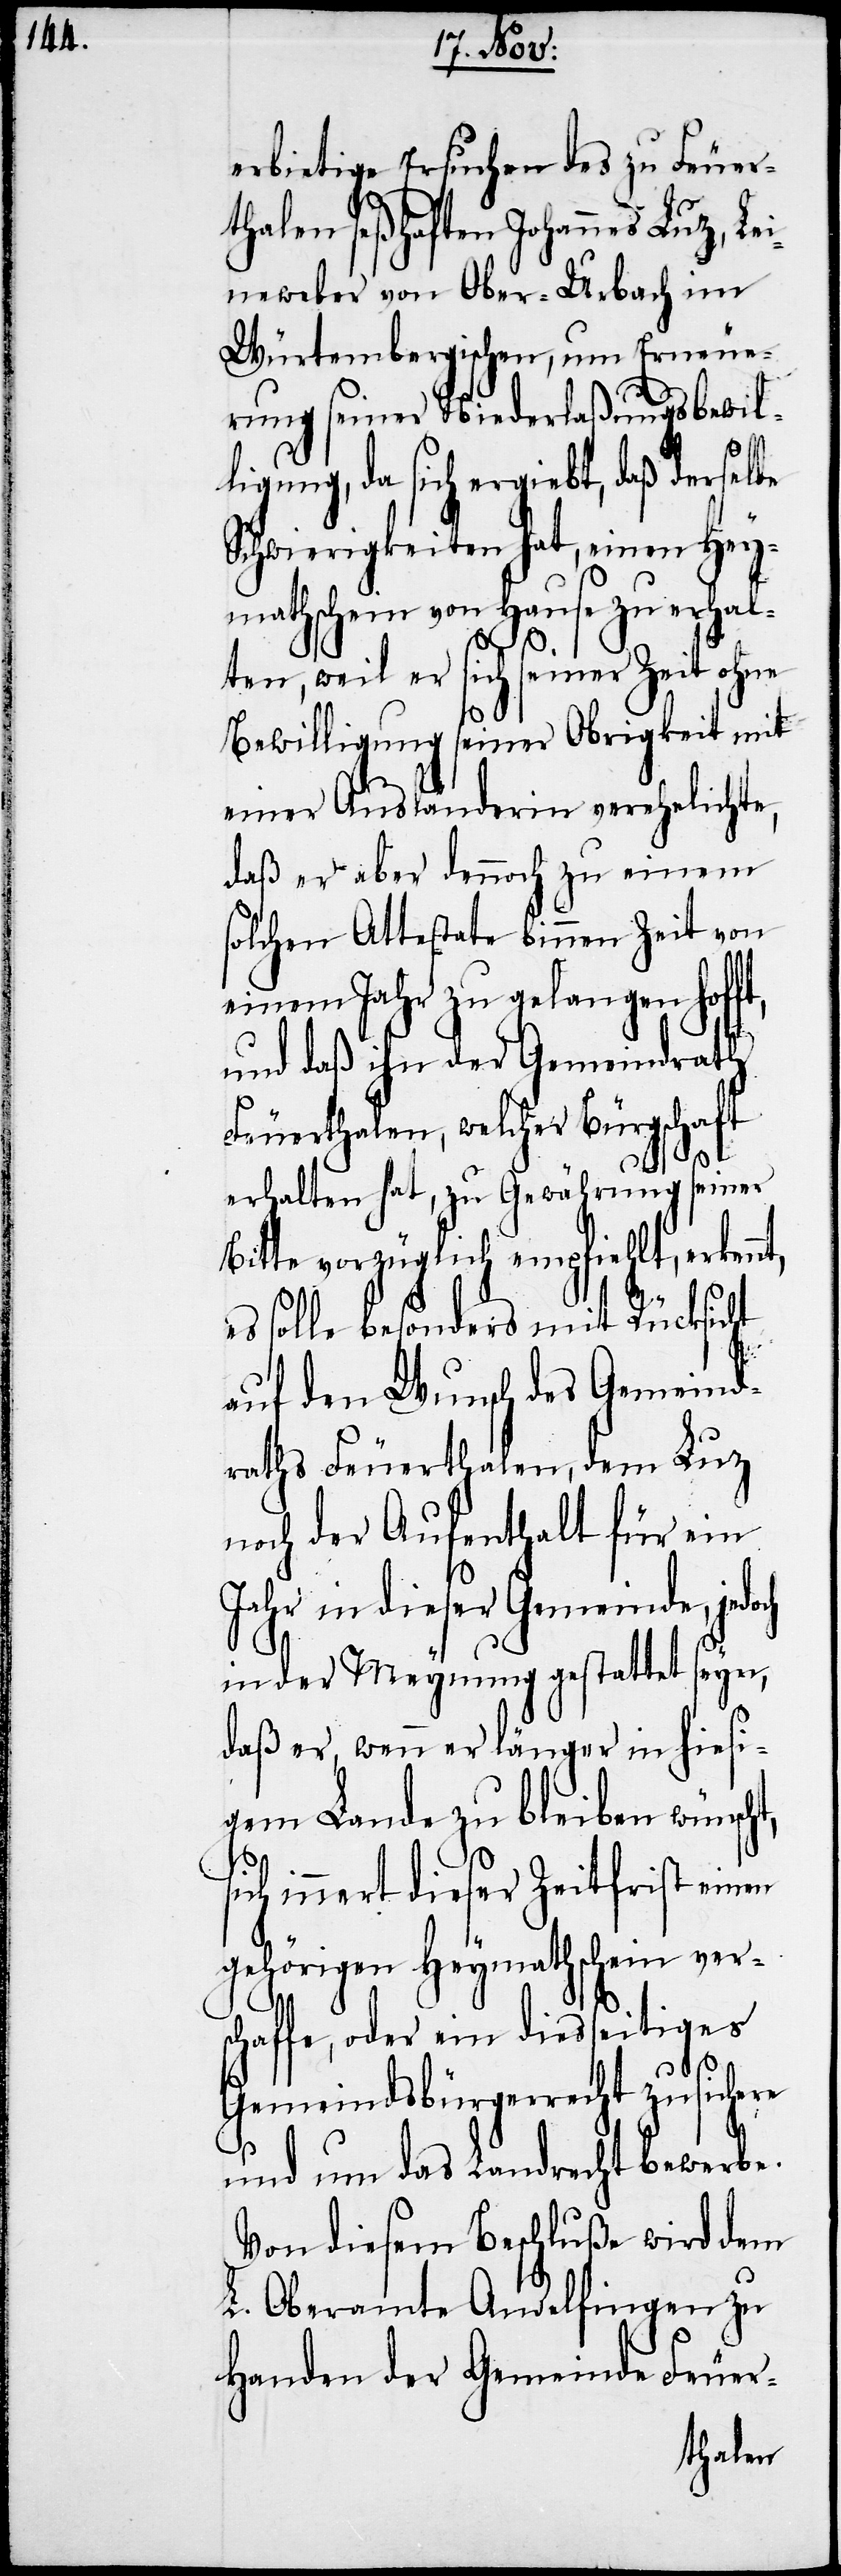
erbietige Ersuchen des zu Feuer¬
thalen seßhaften Johannes Luz [si¬
Leineweber von Ober-Urbach im
Würtembergischen, um Erneue¬
rung seiner Niederlaßungsbewil¬
ligung, da sich ergiebt, daß derselbe
Schwierigkeiten hat, einen Hey¬
mathschein von Hause zu erhal¬
ten, weil er sich seiner Zeit ohne
Bewilligung seiner Obrigkeit mit
einer Ausländerin verehelichte,
daß er aber dennoch zu einem
solchen Attestate binnen Zeit von
einem Jahr zu gelangen hof¬
und daß ihn der Gemeindrath
Feuerthalen, welcher Bürgschaft
t,
erhalten hat, zu Gewährung seiner
Bitte vorzüglich empfiehlt, erkennt,
es solle besonders mit Rücksicht
auf den Wunsch des Gemeind¬
raths Feuerthalen, dem Luz
noch der Aufenthalt für ein
Jahr in dieser Gemeinde,
in der Meynung gestattet seyn,
daß er, wenn er länger in hiesi¬
gem Lande zu bleiben wünsch¬
innert dieser Zeitfrist einen
gehörigen Heymathschein ver¬
schaffe, oder ein diesseitiges
Gemeindsbürgerrecht zusichere
und um das Landrecht bewerbe.
Von diesem Beschluße wird dem
L. Oberamte Andelfingen zu
Handen der Gemeinde Feuer-